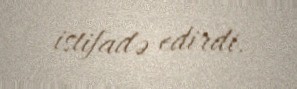
istifadə edirdi.